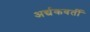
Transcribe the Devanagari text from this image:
अर्द्यकवर्ती